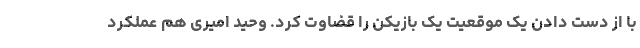
با از دست دادن یک موقعیت یک بازیکن را قضاوت کرد. وحید امیری هم عملکرد